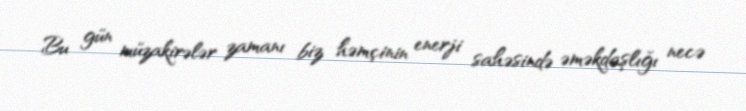
Bu gün müzakirələr zamanı biz həmçinin enerji sahəsində əməkdaşlığı necə